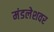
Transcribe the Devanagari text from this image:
मंडलेशवर